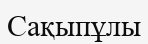
Сақыпұлы